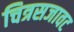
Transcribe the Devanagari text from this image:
चित्रसजावट